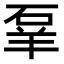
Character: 𬒌